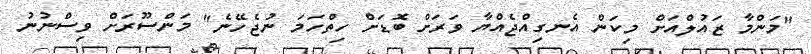
"މަންމާ ޒައުލްއަށް މިކަން އެނގިއްޖެއްޔާ ވަރަށް ބޮޑަށް ހިތްހަމަ ނުޖެހޭނެ" މަންސޫރަށް ވިސްނުނު